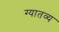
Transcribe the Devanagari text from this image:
ग्यातव्य